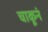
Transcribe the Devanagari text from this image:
चाकूनं